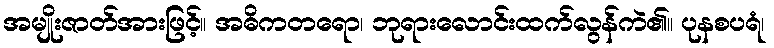
အမျိုးဇာတ်အားဖြင့်။ အဓိကတရော၊ ဘုရားလောင်းထက်လွန်ကဲ၏။ ပုနစပရံ၊